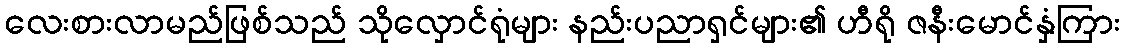
လေးစားလာမည်ဖြစ်သည် သိုလှောင်ရုံများ နည်းပညာရှင်များ၏ ဟီရို ဇနီးမောင်နှံကြား